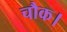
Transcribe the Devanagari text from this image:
चौक।